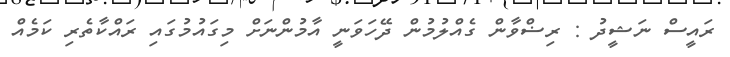
ރައީސް ނަޝީދު : ރިޟްވާން ގެއްލުމުން ދޭހަވަނީ އާމުންނަށް މިގައުމުގައި ރައްކާތެރި ކަމެއް